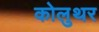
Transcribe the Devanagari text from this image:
कोलुथर